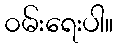
၀မ်းရေးပါ။